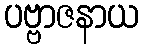
ပဗ္ဗာဇနာယ